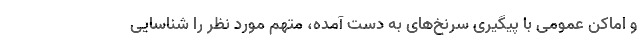
و اماکن عمومی با پیگیری سرنخ‌های به دست آمده، متهم مورد نظر را شناسایی